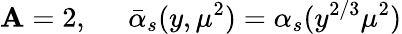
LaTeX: \mathbf{A}=2,\; \; \; \; \; \bar{{\alpha}}_{s}(y,\mu^{2})=\alpha_{s}(y^{2/3}\mu^{2})